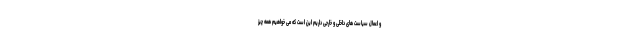
و اعمال سیاست های داخلی و خارجی داریم این است که می خواهیم همه چیز